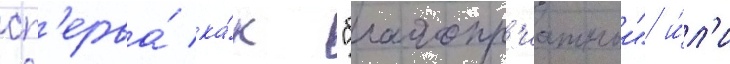
сп'ерва́ ка́к "благопр'иатныи" и́л'и